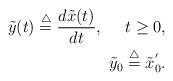
LaTeX: \begin{align*} \tilde{y}(t)\overset{\triangle}{=}\frac{d\tilde{x}(t)}{dt},\ \ \ \ t\ge 0,\\ \ \ \ \tilde{y}_{0}\overset{\triangle}{=}\tilde{x}_{0}^{^{\prime }}.\end{align*}